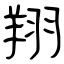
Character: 翔